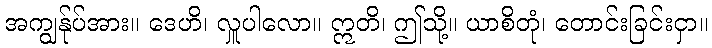
အကျွန်ုပ်အား။ ဒေဟိ၊ လှူပါလော။ ဣတိ၊ ဤသို့။ ယာစိတုံ၊ တောင်းခြင်းငှာ။